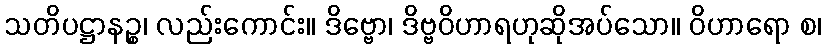
သတိပဋ္ဌာနဉ္စ၊ လည်းကောင်း။ ဒိဗ္ဗော၊ ဒိဗ္ဗဝိဟာရဟုဆိုအပ်သော။ ဝိဟာရော စ၊